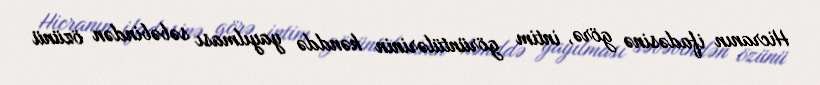
Hicranın ifadəsinə görə, intim görüntülərinin kənddə yayılması səbəbindən özünü